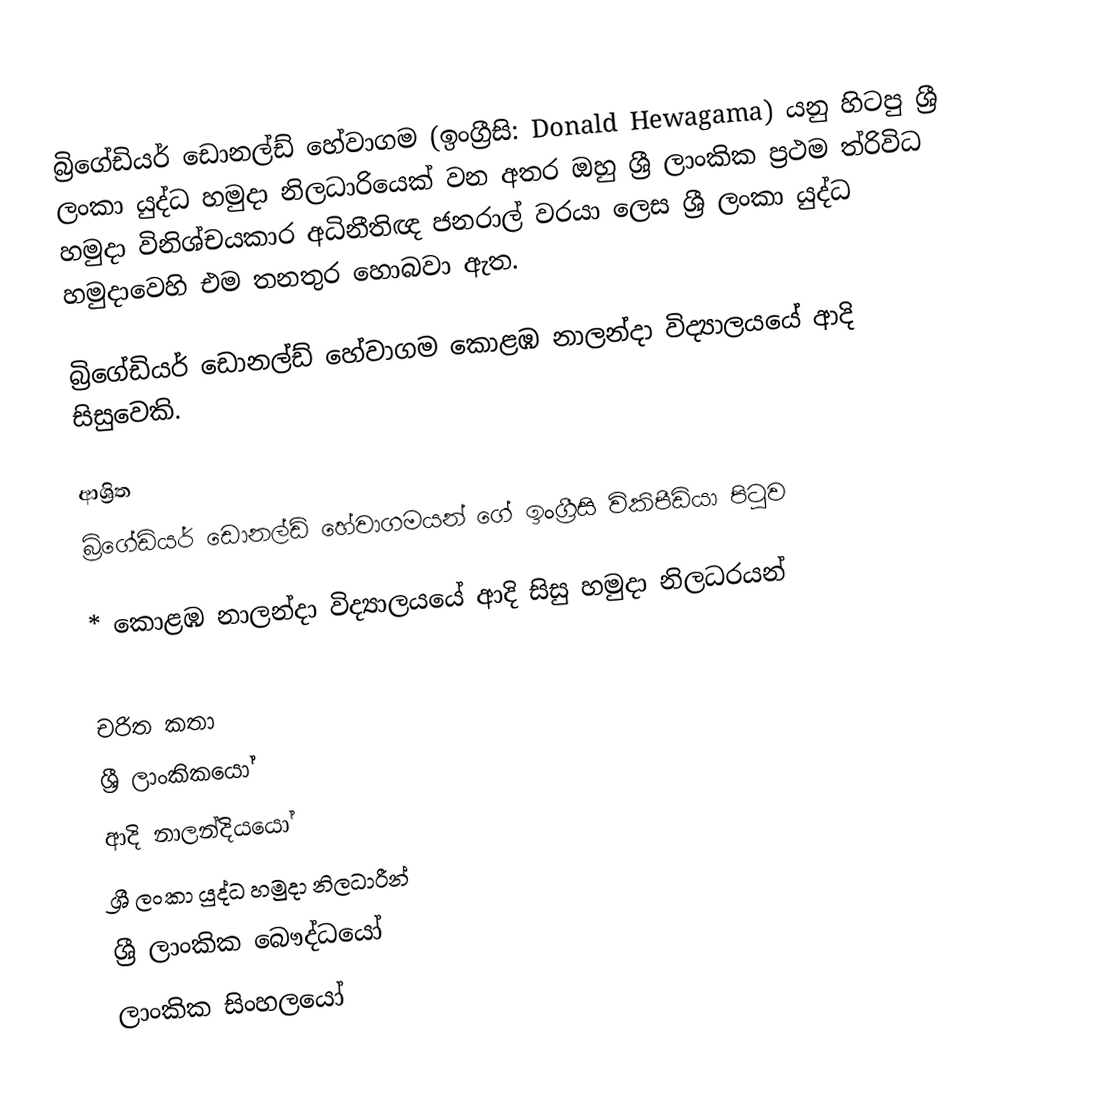
බ්‍රිගේඩියර් ඩොනල්ඩ් හේවාගම (ඉංග්‍රීසි: Donald Hewagama) යනු  හිටපු ශ්‍රී ලංකා යුද්ධ හමුදා නිලධාරියෙක් වන අතර ඔහු ශ්‍රී ලාංකික ප්‍රථම ත්රිවිධ හමුදා විනිශ්චයකාර අධිනීතිඥ ජනරාල් වරයා ලෙස ශ්‍රී ලංකා යුද්ධ හමුදාවෙහි එම තනතුර හොබවා ඇත.

බ්‍රිගේඩියර් ඩොනල්ඩ් හේවාගම  කොළඹ නාලන්දා විද්‍යාලයයේ ආදි සිසුවෙකි.

ආශ්‍රිත
  බ්‍රිගේඩියර් ඩොනල්ඩ් හේවාගමයන් ගේ ඉංග්‍රීසි විකිපීඩියා පිටුව

 * කොළඹ නාලන්දා විද්‍යාලයයේ ආදි සිසු හමුදා නිලධරයන්

චරිත කතා
ශ්‍රී ලාංකිකයෝ
ආදි නාලන්දියයෝ
ශ්‍රී ලංකා යුද්ධ හමුදා නිලධාරීන්
ශ්‍රී ලාංකික බෞද්ධයෝ
ලාංකික සිංහලයෝ